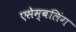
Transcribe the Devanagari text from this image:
एसेम्बलिंग